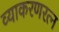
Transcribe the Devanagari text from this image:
व्याकरणरत्न